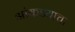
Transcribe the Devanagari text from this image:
आंकडयाचा